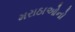
મરાઠાઓનો